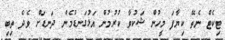
ޓިކެޓް ނެތޭ ކިޔާފަ މީހުން ޝަކުވާ ކުރުމުން އަޅުގަނޑުމެން ދަނޑަށް ވެދެ ތިބި